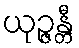
ယုဉ္ဇန္တီ